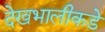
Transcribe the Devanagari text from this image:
देखभालीकडे